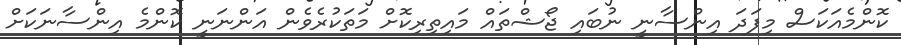
ކޮންމެއަކަސް މިފަދަ އިންސާނީ ނުބައި ޖޯޝްތައް މައިތިރިކޮށް މަތަކުރެވެން އަންނަނީ ކޮންމެ އިންސާނަކަށް